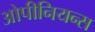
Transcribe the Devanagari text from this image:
ओपीनियन्स